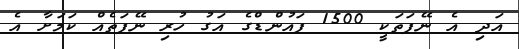
އަދި އެ ނޭފަތަކީ 1500 ޕައުންޑްގެ އަގު ހުރި ނޭފަތެއް ކަމަށާ އެ